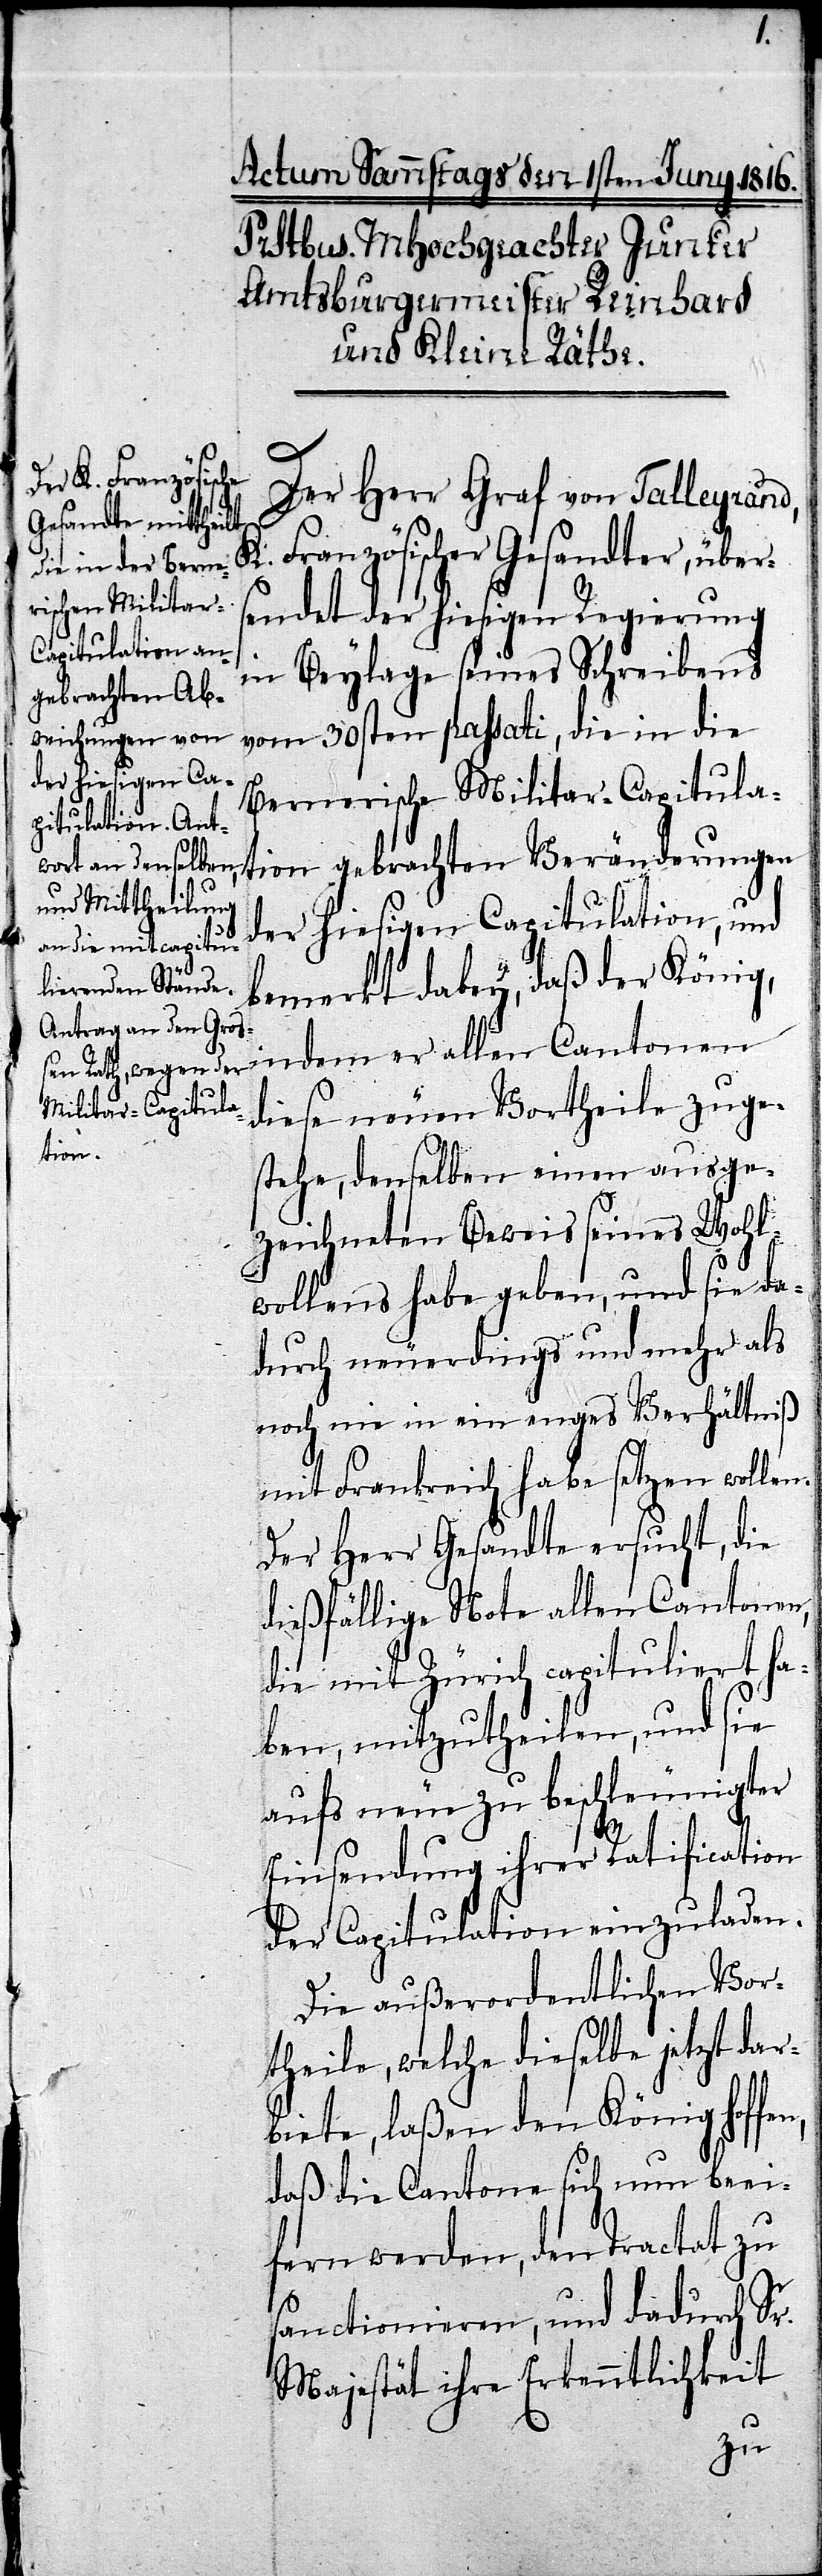
Der Herr Graf von Talleyrand,
K. Französischer Gesandter, über¬
sendet der hiesigen Regierung
in Beylage seines Schreibens
vom 30sten passati, die in die
Bernerische Militar-Capitula¬
tion gebrachten Veränderungen
der hiesigen Capitulation, und
bemerkt dabey, daß der König,
indem er allen Cantonen
diese neuen Vortheile zuge¬
stehe, denselben einen ausge¬
zeichneten Beweis seines Wohl¬
wollens habe geben, und sie da¬
durch neuerdings und mehr als
noch nie in ein enges Verhältniß
mit Frankreich habe setzen wollen.
Der Herr Gesandte ersucht, die
dießfällige Note allen Cantonen,
die mit Zürich capituliert ha¬
ben, mitzutheilen, und sie
aufs neue zu beschleunigter
Einsendung ihrer Ratification
der Capitulation einzuladen.
Die außerordentlichen Vor¬
theile, welche dieselbe jetzt dar¬
biete, laßen den König hoffen,
daß die Cantone sich nun beei¬
fern werden, den Tractat zu
sanctionieren, und dadurch Sr.
Majestät ihre Erkenntlichkeit